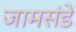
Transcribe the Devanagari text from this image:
जामसंडे